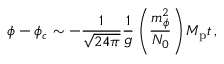
\phi - \phi _ { c } \sim - \frac { 1 } { \sqrt { 2 4 \pi } } \frac { 1 } { g } \left( \frac { m _ { \phi } ^ { 2 } } { N _ { 0 } } \right) M _ { \mathrm { p } } t \, ,